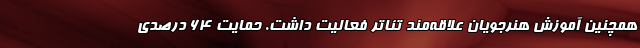
همچنین آموزش هنرجویان علاقه‌مند تئاتر فعالیت داشت. حمایت 64 درصدی